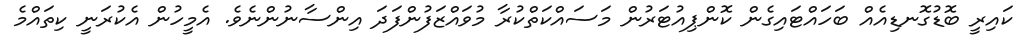
ކައިރީ ބޮޑުގޮނޑިއެއް ބަހައްޓައިގެން ކޮންޕިއުޓަރުން މަސައްކަތްކުރާ މުވައްޒަފުންފަދަ އިންސާނުންނެވެ. އެމީހުން އެކުރަނީ ކިތައްމެ